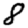
Digit: 8